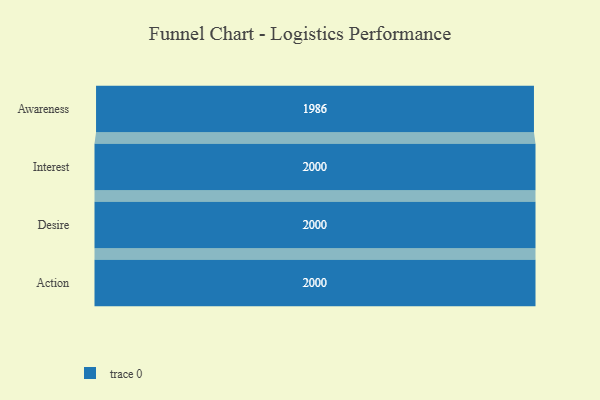
{"axis": {"x": "Stage", "y": "Value"}, "legend": [""], "data": [{"x": "Awareness", "y": 1986.0, "type": ""}, {"x": "Interest", "y": 2000, "type": ""}, {"x": "Desire", "y": 2000, "type": ""}, {"x": "Action", "y": 2000, "type": ""}]}